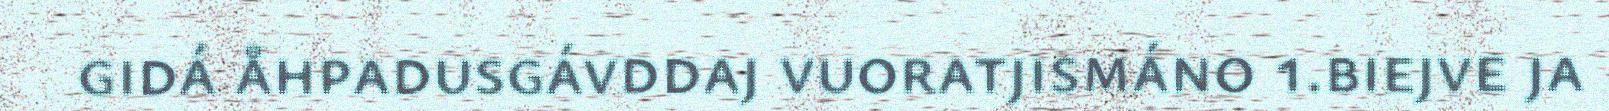
gidá åhpadusgávddaj vuoratjismáno 1.biejve ja